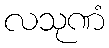
လသုဏံ